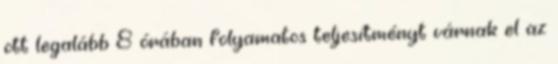
ott legalább 8 órában folyamatos teljesítményt várnak el az